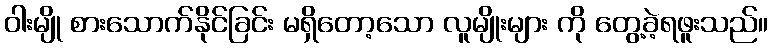
ဝါးမျို စားသောက်နိုင်ခြင်း မရှိတော့သော လူမျိုးများ ကို တွေ့ခဲ့ရဖူးသည်။